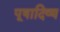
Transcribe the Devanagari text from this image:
पूषादिव्य